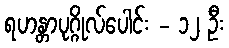
ရဟန္တာပုဂ္ဂိုလ်ပေါင်း - ၁၂ ဦး